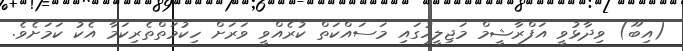
(އިބޫ) ވިދާޅުވީ އަފްރާޝީމް މަޖިލީހުގައި މަސައްކަތް ކުރެއްވީ ވަރަށް ހިކުމަތްތެރިކަމާ އެކު ކަމަށެވެ.